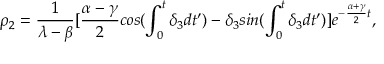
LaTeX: \rho _ { 2 } = \frac { 1 } { \lambda - \beta } [ \frac { \alpha - \gamma } { 2 } c o s ( \int _ { 0 } ^ { t } \delta _ { 3 } d t ^ { \prime } ) - \delta _ { 3 } s i n ( \int _ { 0 } ^ { t } \delta _ { 3 } d t ^ { \prime } ) ] e ^ { - \frac { \alpha + \gamma } { 2 } t } ,